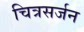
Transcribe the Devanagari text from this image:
चित्रसर्जन